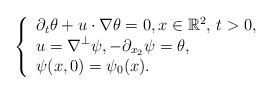
LaTeX: \begin{align*} \left\{\begin{array}{l}\displaystyle \partial_t \theta + u\cdot\nabla \theta =0, x \in \mathbb{R}^2, \, t>0,\\\displaystyle u =\nabla^\perp \psi, -\partial_{x_2} \psi = \theta,\\\displaystyle \psi(x,0)=\psi_0(x).\end{array}\right.\end{align*}